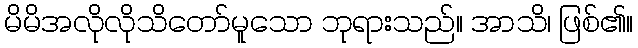
မိမိအလိုလိုသိတော်မူသော ဘုရားသည်။ အာသိ၊ ဖြစ်၏။